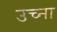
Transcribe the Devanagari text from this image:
उच्ना